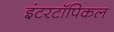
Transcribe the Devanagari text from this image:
इंटरटॉपिकल